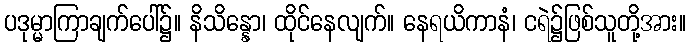
ပဒုမ္မာကြာချက်ပေါ်၌။ နိသိန္နော၊ ထိုင်နေလျက်။ နေရယိကာနံ၊ ငရဲ၌ဖြစ်သူတို့အား။